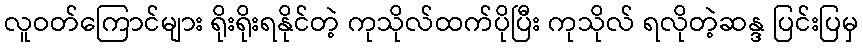
လူဝတ်ကြောင်များ ရိုးရိုးရနိုင်တဲ့ ကုသိုလ်ထက်ပိုပြီး ကုသိုလ် ရလိုတဲ့ဆန္ဒ ပြင်းပြမှ